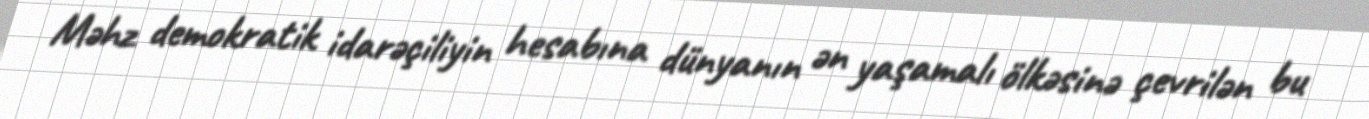
Məhz demokratik idarəçiliyin hesabına dünyanın ən yaşamalı ölkəsinə çevrilən bu